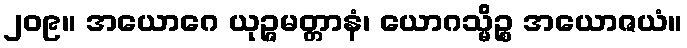
၂၀၉။ အယောဂေ ယုဉ္ဇမတ္တာနံ၊ ယောဂသ္မိဉ္စ အယောဇယံ။